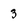
Character: 3